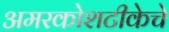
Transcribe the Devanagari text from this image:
अमरकोशटीकेचे